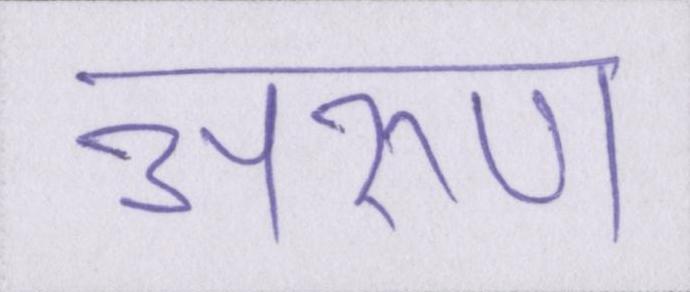
अरुण